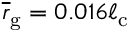
\overline { r } _ { \mathrm { g } } = 0 . 0 1 6 \ell _ { \mathrm { c } }